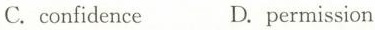
C.confidence D.permission